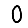
Digit: 0